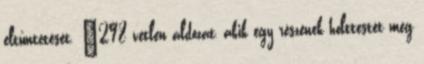
eltűntetését. “298 vétlen áldozat, akik egy részének holttestét még